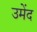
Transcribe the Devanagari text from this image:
उमेंद